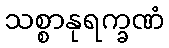
သစ္စာနုရက္ခဏံ